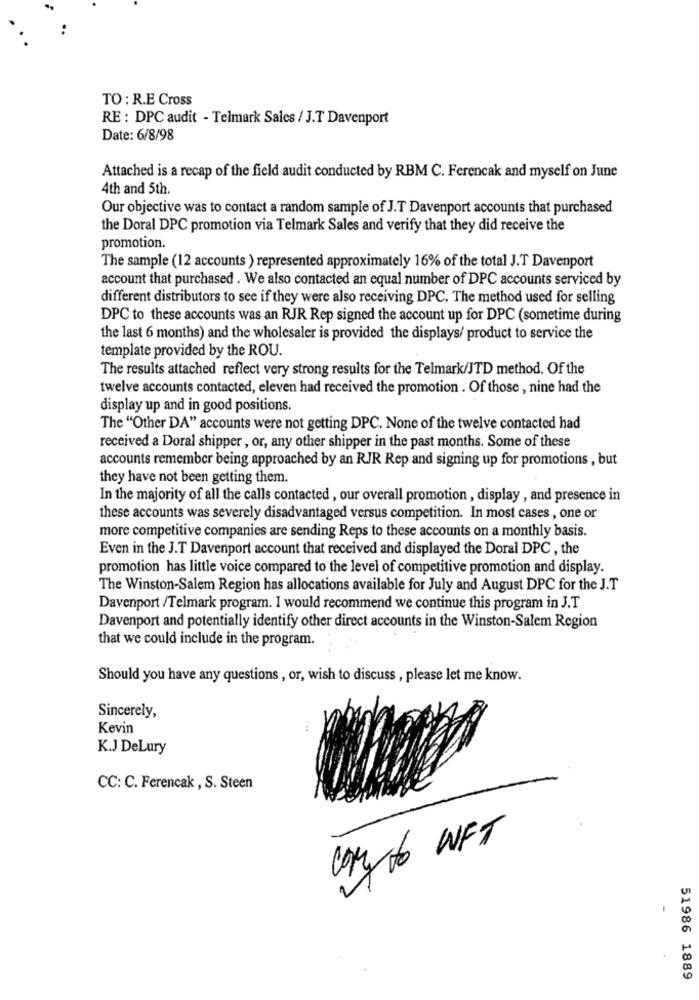
TO : R.E Cross
RE : DPC audit - Telmark Sales / J.T Davenport
Date: 6/8/98
Attached is a recap of the field audit conducted by RBM C. Ferencak and myself on June
4th and 5th.
Our objective was to contact a random sample of J.T Davenport accounts that purchased
the Doral DPC promotion via Telmark Sales and verify that they did receive the
promotion.
The sample (12 accounts ) represented approximately 16% of the total J.T Davenport
account that purchased . We also contacted an equal number of DPC accounts serviced by
different distributors to see if they were also receiving DPC. The method used for selling
DPC to these accounts was an RJR Rep signed the account up for DPC (sometime during
the last 6 months) and the wholesaler is provided the displays/ product to service the
template provided by the ROU.
The results attached reflect very strong results for the Telmark/JTD method. Of the
twelve accounts contacted, eleven had received the promotion . Of those , nine had the
display up and in good positions.
The "Other DA" accounts were not getting DPC. None of the twelve contacted had
received a Doral shipper , or, any other shipper in the past months. Some of these
accounts remember being approached by an RJR Rep and signing up for promotions , but
they have not been getting them.
In the majority of all the calls contacted , our overall promotion , display , and presence in
these accounts was severely disadvantaged versus competition. In most cases , one or
more competitive companies are sending Reps to these accounts on a monthly basis.
Even in the J.T Davenport account that received and displayed the Doral DPC, the
promotion has little voice compared to the level of competitive promotion and display.
The Winston-Salem Region has allocations available for July and August DPC for the J.T
Davenport /Telmark program. I would recommend we continue this program in J.T
Davenport and potentially identify other direct accounts in the Winston-Salem Region
that we could include in the program.
Should you have any questions , or, wish to discuss , please let me know.
Sincerely,
Kevin
K.J DeLury
CC: C. Ferencak , S. Steen
Cory to WET
51986 1889